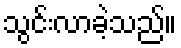
သွင်းလာခဲ့သည်။